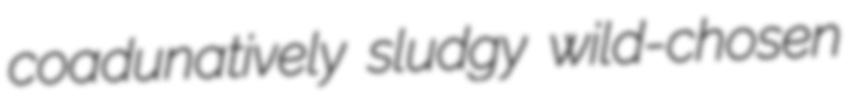
coadunatively sludgy wild-chosen